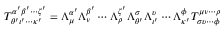
T _ { \theta ^ { \prime } \iota ^ { \prime } \cdots \kappa ^ { \prime } } ^ { \alpha ^ { \prime } \beta ^ { \prime } \cdots \zeta ^ { \prime } } = \Lambda ^ { \alpha ^ { \prime } } _ { \mu } \Lambda ^ { \beta ^ { \prime } } _ { \nu } \cdots \Lambda ^ { \zeta ^ { \prime } } _ { \rho } \Lambda _ { \theta ^ { \prime } } ^ { \sigma } \Lambda _ { \iota ^ { \prime } } ^ { \upsilon } \cdots \Lambda _ { \kappa ^ { \prime } } ^ { \phi } T _ { \sigma \upsilon \cdots \phi } ^ { \mu \nu \cdots \rho }